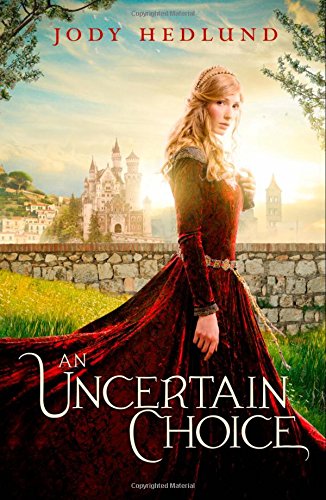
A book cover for An Uncertain Choice; Jody Hedlund; Teen & Young Adult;